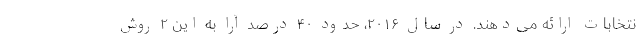
نتخابات ارائه می‌دهند. در سال ۲۰۱۶، حدود ۴۰ درصد آرا به این ۲ روش